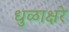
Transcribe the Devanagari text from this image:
धुळाक्षरे